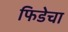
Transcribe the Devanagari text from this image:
फिडेचा